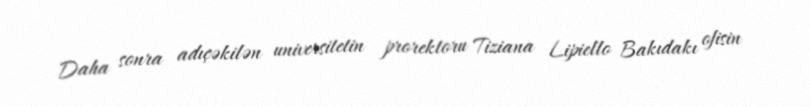
Daha sonra adıçəkilən universitetin prorektoru Tiziana Lipiello Bakıdakı ofisin